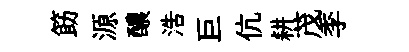
筯源醲浩巨伉耕茂季